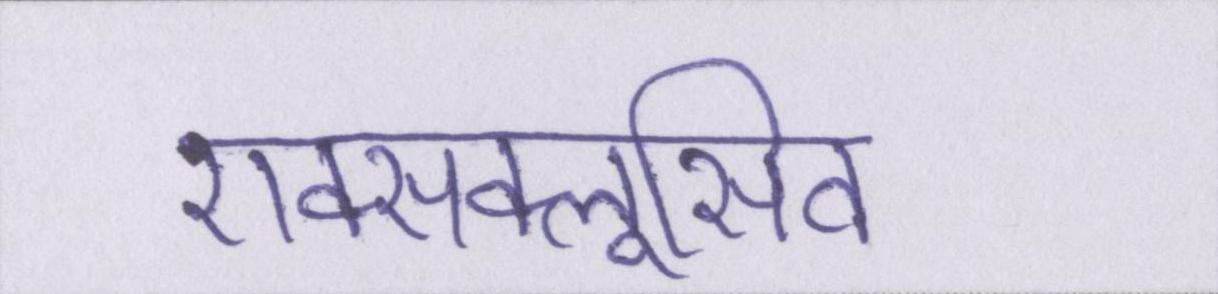
एक्सक्लूसिव